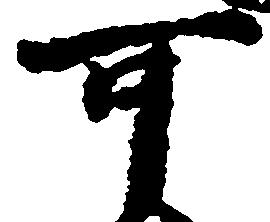
可